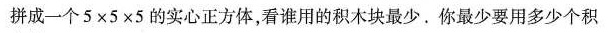
拼成一个$$5 \times 5 \times 5$$的实心正方体，看谁用的积木块最少。你最少要用多少个积